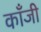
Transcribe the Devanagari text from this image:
काँजी